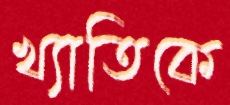
খ্যাতিকে